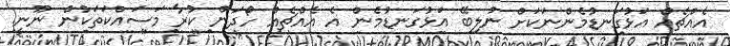
އެއްޗެއް އަޅުގަނޑުމެންނަކަށް ނުލިބޭ އަޅުގަނޑުމެން އެ އެއްޗެއް ހޯދަން ކުރާ މަސައްކަތަކުން ނޫނީ.